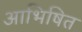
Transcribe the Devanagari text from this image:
आभिषित